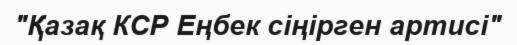
"Қазақ КСР Еңбек сіңірген артисі"